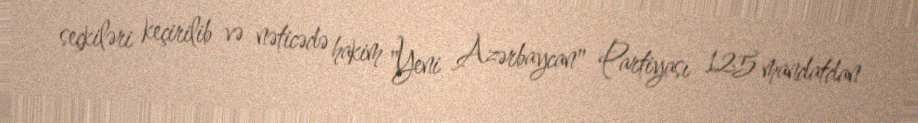
seçkiləri keçirilib və nəticədə hakim "Yeni Azərbaycan" Partiyası 125 mandatdan